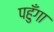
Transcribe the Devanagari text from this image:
पहुँगा